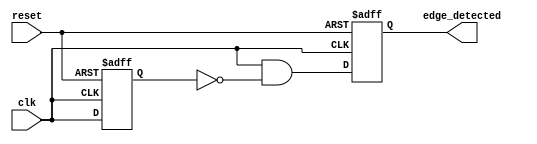
module edge_detector (
    input wire clk,          // Input signal to be monitored for rising edges
    input wire reset,        // Asynchronous reset signal
    output reg edge_detected  // Output signal indicating rising edge detection
);

    reg previous_state;      // D flip-flop to store the previous state of the input signal

    // Process triggered on the positive edge of the clock
    always @(posedge clk or posedge reset) begin
        if (reset) begin
            previous_state <= 1'b0;  // Initialize previous state to low on reset
            edge_detected <= 1'b0;    // Clear edge detected signal
        end else begin
            // Edge detection logic
            edge_detected <= (clk && !previous_state); // Detect rising edge
            previous_state <= clk;   // Store the current state for the next cycle
        end
    end

endmodule